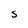
Character: S